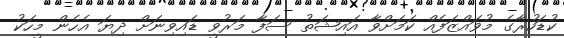
ކުޑަހުރާގެ މުވައްޒަފެއް ކަމަށްވާ އައިޝަތު ސަފާ މަރުވީ ޑައިވިނަށް ދިޔަ އެހެން މީހަކު